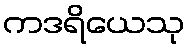
ကဒရိယေသု